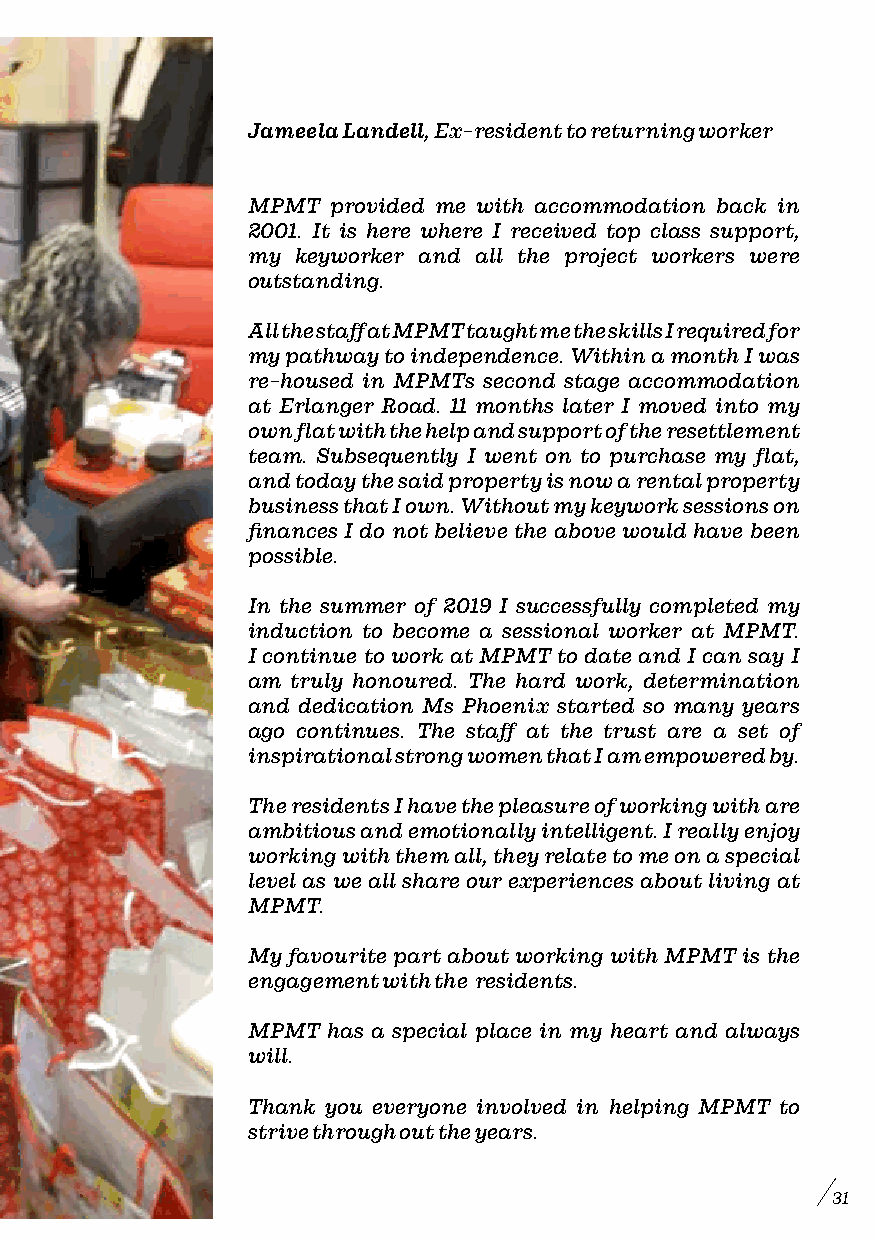
Jameela Landell, Ex-resident to returning worker
 MPMT  provided me with accommodation back in
 2001. It is here where I received top class support,
 my keyworker and all the project workers were
 outstanding.
 All the staff at MPMT taught me the skills I required for
 my pathway to independence. Within a month I was
 re-housed in MPMTs second stage accommodation
 at Erlanger Road. 11 months later I moved into my
 own flat with the help and support of the resettlement
 team. Subsequently I went on to purchase my flat,
 and today the said property is now a rental property
 business that I own. Without my keywork sessions on
 finances I do not believe the above would have been
 possible.
 In the summer of 2019 I successfully completed my
 induction to become a sessional worker at MPMT.
 I continue to work at MPMT to date and I can say I
 am truly honoured. The hard work, determination
 and dedication Ms Phoenix started so many years
 ago continues. The staff at the trust are a set of
 inspirational strong women that I am empowered by.
 The residents I have the pleasure of working with are
 ambitious and emotionally intelligent. I really enjoy
 working with them all, they relate to me on a special
 level as we all share our experiences about living at
 MPMT.
 My favourite part about working with MPMT is the
 engagement with the residents.
 MPMT  has a special place in my heart and always
 will.
 Thank you everyone involved in helping MPMT to
 strive through out the years.
 31